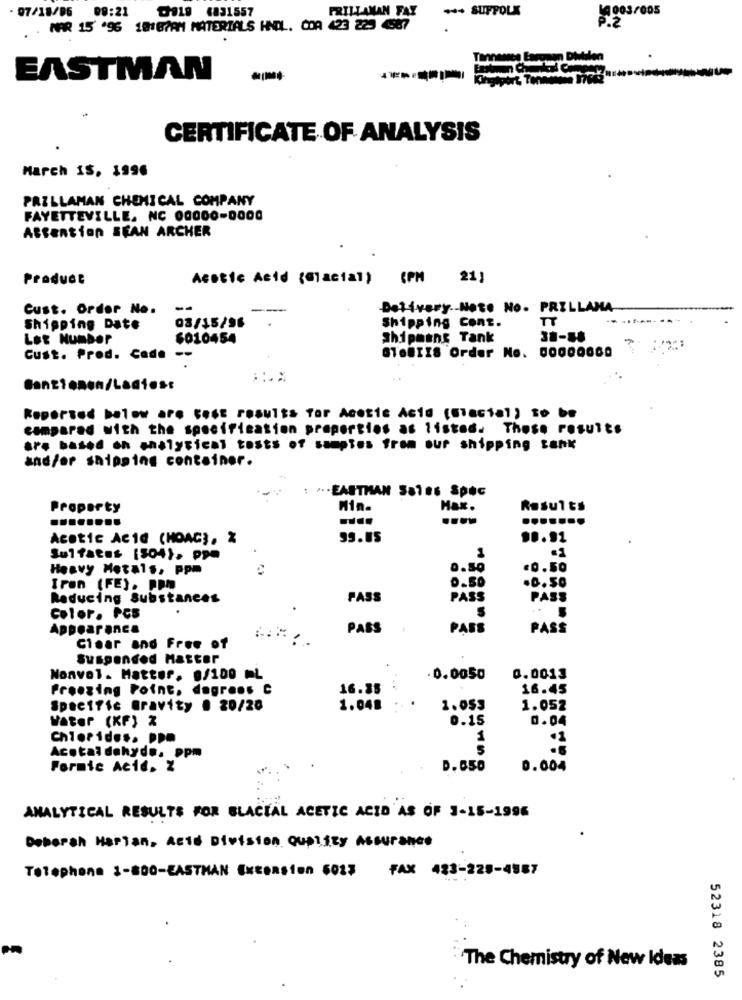
FRILLANAN FAY
--- SUFFOLK
07/18/06 09:21 019 4831557
P.2
. . MAR 15' '96 18187AM MATERIALS HNDL. COA 423 225 4587
EASTMAN
-
CERTIFICATE OF ANALYSIS
March IS, 1996
PRZLLAMAN CHEMICAL COMPANY
FAYETTEVILLE. NC 00000-0000
Attention SEAN ARCHER
Product
Acetic Acid (Glacial) (PM 21)
Cust. Order No.
--
Delivery .- Note No. PRILLANA
03/15/96
TT
Shipping Date
Shipping Cont.
Lot Number
6010454
Shipment Tank
38-88
GTenTIS Order No. 00000000
Cust. Prod. Cad. --
Reported below are test results for Acetic Acid (Glacial) to be
compared with the specification properties as listed. These results
are based oh *halyrical tests of samples from our shipping tank
and/or shipping container.
... EASTMAN 58106 SPEC
Property
Min.
Max.
Results
Acetic Acid (HOAG), %
99.85
... 91
.1
Sulfates [$04), ppm
1
Heavy Metals, Ppm
0.50
=0.50
Iron (FE). PPM
-0.50
Reducing Substances
PASS
PASS
PASS
Color. PCS
Appearance
PASS
PASS
PASS
Clear and Free of
Suspended Master
Nonvol. Matter. 0/100 ML
0.0050
0.0013
Proezing Point. dagrens C
16.35
16.45
Specific Gravity . 20/20
1.048
1.053
1.052
0.15
0.04
Water (KF) %
Chlorides. PDD
Acotal dehyd .. ppm
Formic Acid. Z
D. 650
0.004
ANALYTICAL RESULTS FOR GLACIAL ACETIC ACID AS OF 3-15-1996
Deborah Harian, Acid Division Quality Assurance
Telephone 1-800-EASTMAN Extension 6027 FAX 433-229-4587
The Chemistry of New Ideas
52318 2385